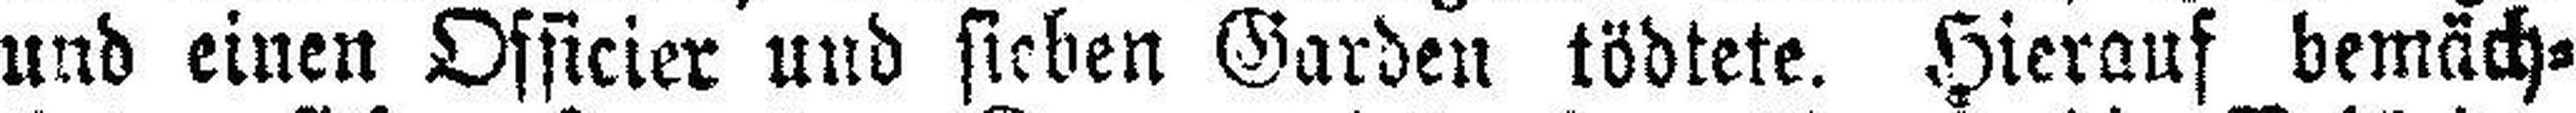
und einen Officier und sieben Garden tödtete. Hierauf bemäch¬